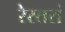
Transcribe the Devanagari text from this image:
रेस्‍तरां